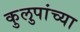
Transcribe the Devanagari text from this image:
कुलुपांच्या